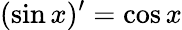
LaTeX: (\sin x)^{\prime}=\cos x